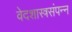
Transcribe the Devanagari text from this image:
वेदशास्त्रसंपन्‍न